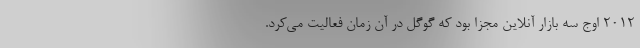
2012 اوج سه بازار آنلاین مجزا بود که گوگل در آن زمان فعالیت می‌کرد.